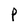
Character: P